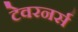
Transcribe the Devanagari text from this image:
टेवरनर्स